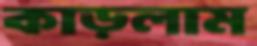
কাড়লাম